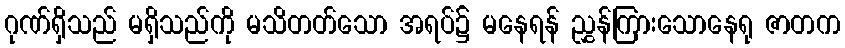
ဂုဏ်ရှိသည် မရှိသည်ကို မသိတတ်သော အရပ်၌ မနေရန် ညွှန်ကြားသောနေရု ဇာတက